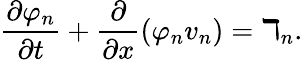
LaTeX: \frac{\partial\varphi_{n}}{\partial t}+\frac{\partial}{\partial x}\left(\varphi_{n}v_{n}\right)=\daleth_{n}.